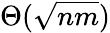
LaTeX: \Theta({\sqrt{nm}})